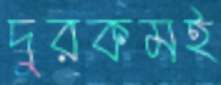
দুরকমই